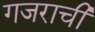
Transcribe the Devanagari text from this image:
गजराची